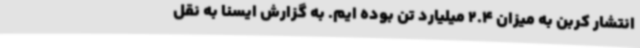
انتشار کربن به میزان 2.4 میلیارد تن بوده ایم. به گزارش ایسنا به نقل